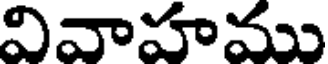
వివాహము